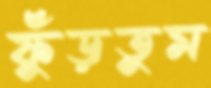
ফুঁড়তুম